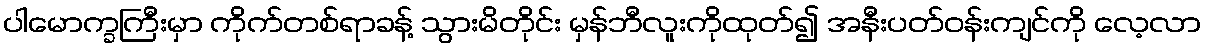
ပါမောက္ခကြီးမှာ ကိုက်တစ်ရာခန့် သွားမိတိုင်း မှန်ဘီလူးကိုထုတ်၍ အနီးပတ်ဝန်းကျင်ကို လေ့လာ